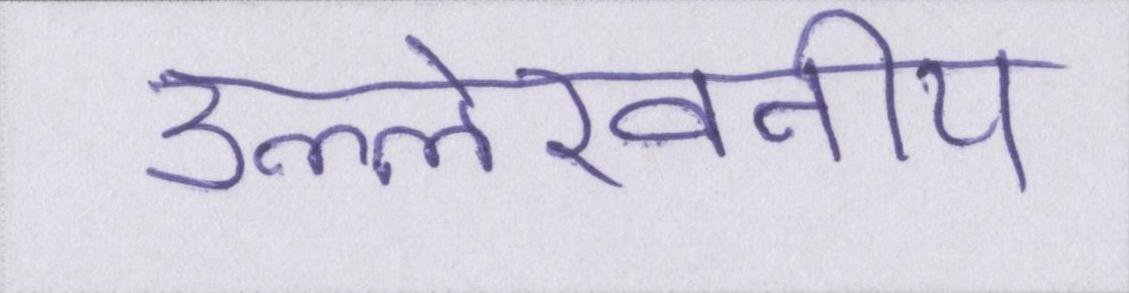
उल्लेखनीय